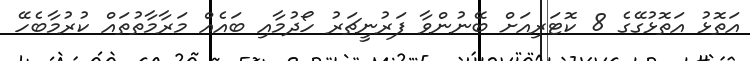
އަތޮޅު އަތޮޅުގޭގެ 8 ކޮޓަރިއަށް ބޭނުންވާ ފަރުނީޗަރު ހޯދުމާއި ބައެއް މަރާމާތުތައް ކުރުމާބެހޭ